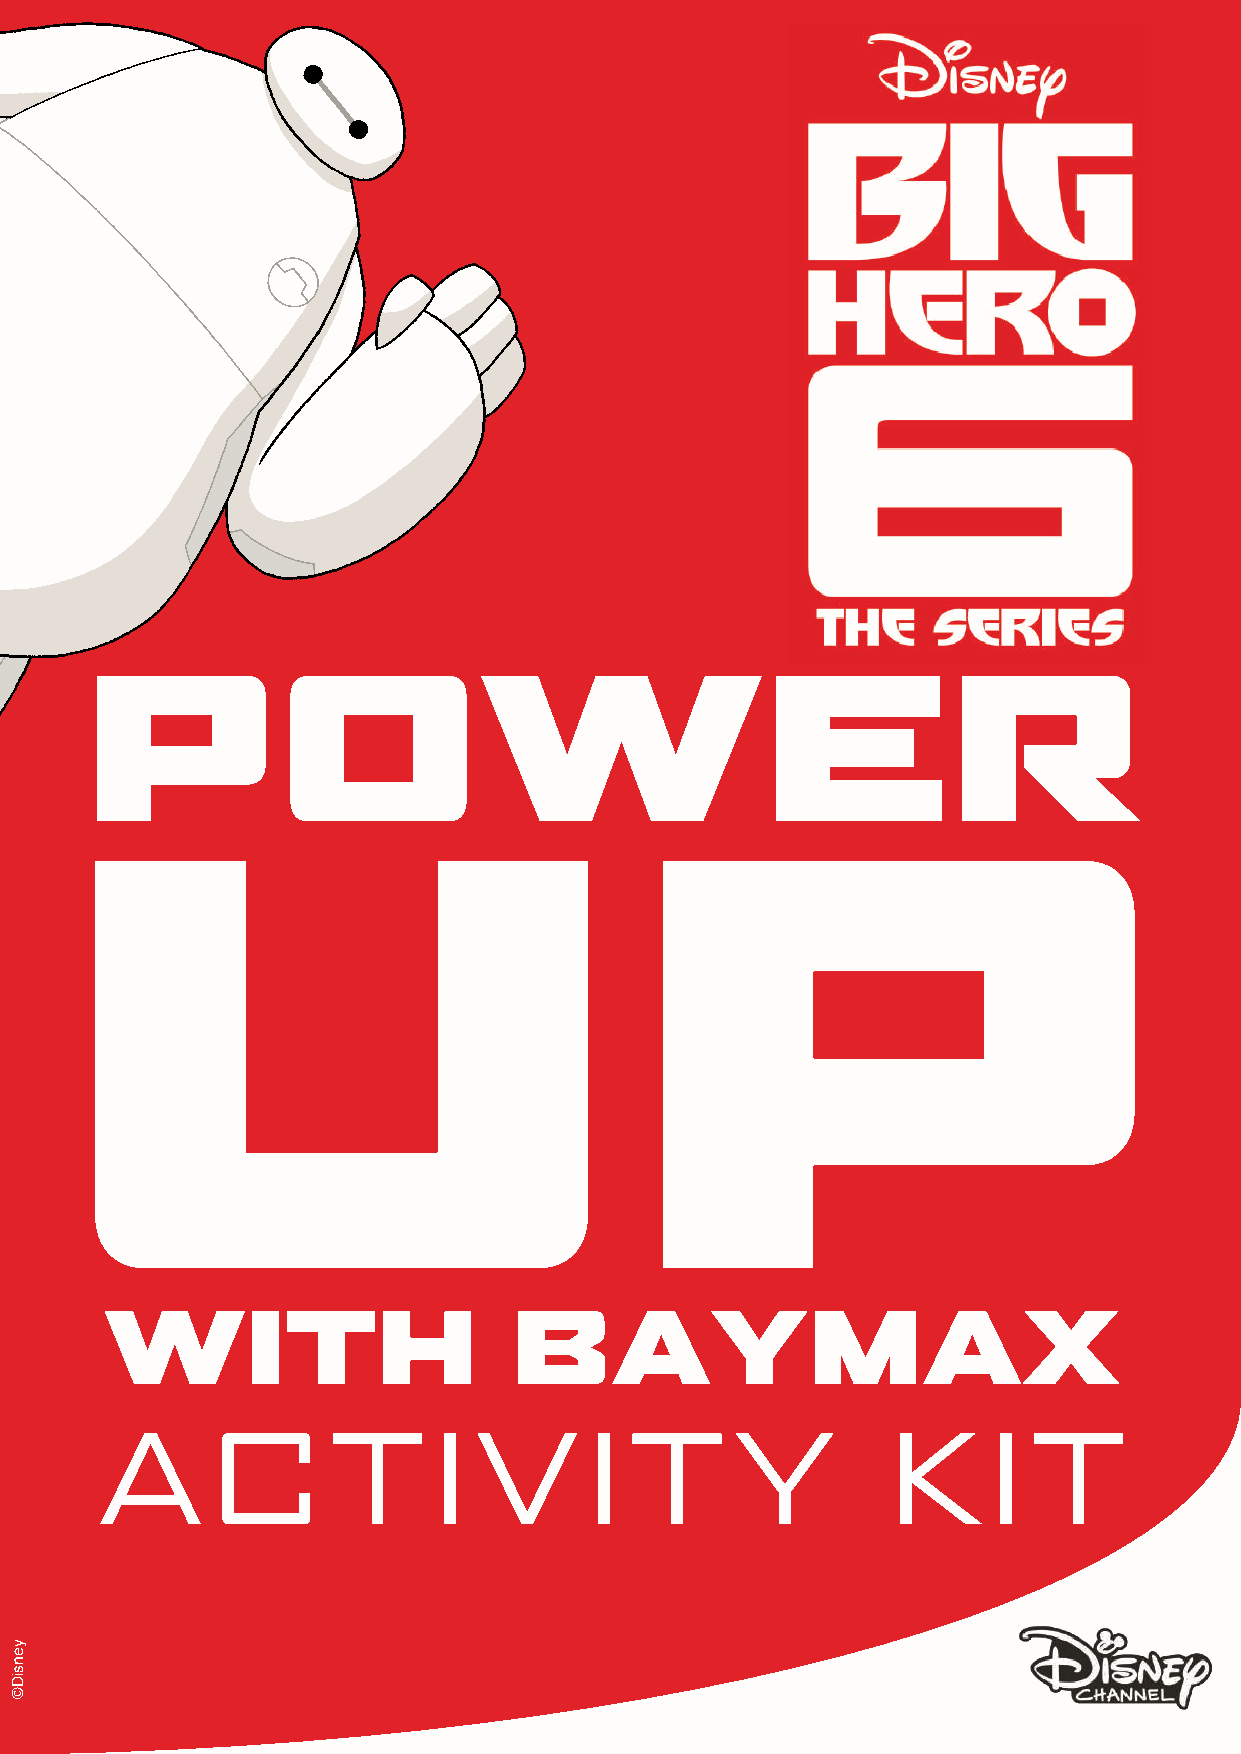
POWER
 UP
 WITH                       BAYMAX
 ACTIVITY                                             KIT
 yensiD©